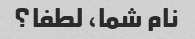
نام شما، لطفا؟